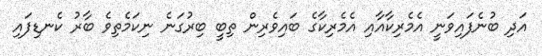
އަދި ބުނެފައިވަނީ އެމެރިކާއާއި އެމެރިކާގެ ބައިވެރިން ތިބީ ބިރުގަނެ ނިކަމެތިވެ ބާރު ކެނޑިފައި